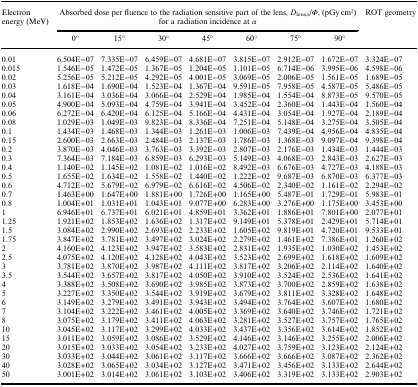
<table><thead><tr><td rowspan="2"><b>Electron energy (MeV)</b></td><td colspan="7"><b>Absorbed dose per fluence to the radiation sensitive part of the lens, <i>D</i><sub>lens,s</sub>/<i>Φ</i>, (pGy cm2) for a radiation incidence at <i>α</i></b></td><td rowspan="2"><b>ROT geometry</b></td></tr><tr><td><b>0°</b></td><td><b>15°</b></td><td><b>30°</b></td><td><b>45°</b></td><td><b>60°</b></td><td><b>75°</b></td><td><b>90°</b></td></tr></thead><tbody><tr><td>0.01</td><td>6.504E−07</td><td>7.335E−07</td><td>6.459E−07</td><td>4.681E−07</td><td>3.815E−07</td><td>2.912E−07</td><td>1.672E−07</td><td>3.324E−07</td></tr><tr><td>0.015</td><td>1.546E−05</td><td>1.472E−05</td><td>1.367E−05</td><td>1.204E−05</td><td>1.101E−05</td><td>6.714E−06</td><td>3.995E−06</td><td>4.598E−06</td></tr><tr><td>0.02</td><td>5.256E−05</td><td>5.212E−05</td><td>4.292E−05</td><td>4.001E−05</td><td>3.069E−05</td><td>2.006E−05</td><td>1.561E−05</td><td>1.689E−05</td></tr><tr><td>0.03</td><td>1.618E−04</td><td>1.690E−04</td><td>1.523E−04</td><td>1.367E−04</td><td>9.591E−05</td><td>7.958E−05</td><td>4.587E−05</td><td>5.486E−05</td></tr><tr><td>0.04</td><td>3.161E−04</td><td>3.036E−04</td><td>3.066E−04</td><td>2.529E−04</td><td>1.985E−04</td><td>1.554E−04</td><td>8.873E−05</td><td>9.570E−05</td></tr><tr><td>0.05</td><td>4.900E−04</td><td>5.093E−04</td><td>4.759E−04</td><td>3.941E−04</td><td>3.452E−04</td><td>2.360E−04</td><td>1.443E−04</td><td>1.560E−04</td></tr><tr><td>0.06</td><td>6.272E−04</td><td>6.420E−04</td><td>6.125E−04</td><td>5.166E−04</td><td>4.431E−04</td><td>3.054E−04</td><td>1.927E−04</td><td>2.189E−04</td></tr><tr><td>0.08</td><td>1.029E−03</td><td>1.049E−03</td><td>9.823E−04</td><td>8.336E−04</td><td>7.251E−04</td><td>5.148E−04</td><td>3.275E−04</td><td>3.505E−04</td></tr><tr><td>0.1</td><td>1.434E−03</td><td>1.468E−03</td><td>1.344E−03</td><td>1.261E−03</td><td>1.006E−03</td><td>7.439E−04</td><td>4.956E−04</td><td>4.835E−04</td></tr><tr><td>0.15</td><td>2.600E−03</td><td>2.663E−03</td><td>2.484E−03</td><td>2.137E−03</td><td>1.786E−03</td><td>1.368E−03</td><td>9.097E−04</td><td>9.398E−04</td></tr><tr><td>0.2</td><td>3.870E−03</td><td>4.046E−03</td><td>3.763E−03</td><td>3.392E−03</td><td>2.807E−03</td><td>2.176E−03</td><td>1.434E−03</td><td>1.444E−03</td></tr><tr><td>0.3</td><td>7.364E−03</td><td>7.184E−03</td><td>6.859E−03</td><td>6.293E−03</td><td>5.149E−03</td><td>4.068E−03</td><td>2.843E−03</td><td>2.627E−03</td></tr><tr><td>0.4</td><td>1.140E−02</td><td>1.145E−02</td><td>1.081E−02</td><td>1.016E−02</td><td>8.492E−03</td><td>6.676E−03</td><td>4.727E−03</td><td>4.188E−03</td></tr><tr><td>0.5</td><td>1.655E−02</td><td>1.634E−02</td><td>1.558E−02</td><td>1.440E−02</td><td>1.222E−02</td><td>9.687E−03</td><td>6.870E−03</td><td>6.377E−03</td></tr><tr><td>0.6</td><td>4.712E−02</td><td>5.679E−02</td><td>6.979E−02</td><td>6.616E−02</td><td>4.506E−02</td><td>2.340E−02</td><td>1.161E−02</td><td>2.294E−02</td></tr><tr><td>0.7</td><td>1.463E+00</td><td>1.647E+00</td><td>1.881E+00</td><td>1.726E+00</td><td>1.165E+00</td><td>5.487E−01</td><td>1.729E−01</td><td>5.983E−01</td></tr><tr><td>0.8</td><td>1.004E+01</td><td>1.031E+01</td><td>1.043E+01</td><td>9.077E+00</td><td>6.283E+00</td><td>3.276E+00</td><td>1.175E+00</td><td>3.453E+00</td></tr><tr><td>1</td><td>6.946E+01</td><td>6.737E+01</td><td>6.021E+01</td><td>4.859E+01</td><td>3.362E+01</td><td>1.886E+01</td><td>7.801E+00</td><td>2.077E+01</td></tr><tr><td>1.25</td><td>1.921E+02</td><td>1.853E+02</td><td>1.636E+02</td><td>1.317E+02</td><td>9.149E+01</td><td>5.378E+01</td><td>2.429E+01</td><td>5.714E+01</td></tr><tr><td>1.5</td><td>3.084E+02</td><td>2.990E+02</td><td>2.693E+02</td><td>2.233E+02</td><td>1.605E+02</td><td>9.819E+01</td><td>4.720E+01</td><td>9.533E+01</td></tr><tr><td>1.75</td><td>3.847E+02</td><td>3.781E+02</td><td>3.497E+02</td><td>3.024E+02</td><td>2.279E+02</td><td>1.461E+02</td><td>7.386E+01</td><td>1.260E+02</td></tr><tr><td>2</td><td>4.160E+02</td><td>4.123E+02</td><td>3.947E+02</td><td>3.583E+02</td><td>2.831E+02</td><td>1.935E+02</td><td>1.030E+02</td><td>1.453E+02</td></tr><tr><td>2.5</td><td>4.075E+02</td><td>4.120E+02</td><td>4.128E+02</td><td>4.043E+02</td><td>3.523E+02</td><td>2.699E+02</td><td>1.618E+02</td><td>1.609E+02</td></tr><tr><td>3</td><td>3.781E+02</td><td>3.870E+02</td><td>3.987E+02</td><td>4.111E+02</td><td>3.817E+02</td><td>3.206E+02</td><td>2.114E+02</td><td>1.640E+02</td></tr><tr><td>3.5</td><td>3.544E+02</td><td>3.657E+02</td><td>3.817E+02</td><td>4.050E+02</td><td>3.910E+02</td><td>3.524E+02</td><td>2.536E+02</td><td>1.641E+02</td></tr><tr><td>4</td><td>3.388E+02</td><td>3.508E+02</td><td>3.690E+02</td><td>3.985E+02</td><td>3.873E+02</td><td>3.700E+02</td><td>2.859E+02</td><td>1.638E+02</td></tr><tr><td>5</td><td>3.227E+02</td><td>3.350E+02</td><td>3.544E+02</td><td>3.919E+02</td><td>3.679E+02</td><td>3.811E+02</td><td>3.328E+02</td><td>1.648E+02</td></tr><tr><td>6</td><td>3.149E+02</td><td>3.279E+02</td><td>3.491E+02</td><td>3.943E+02</td><td>3.494E+02</td><td>3.764E+02</td><td>3.607E+02</td><td>1.680E+02</td></tr><tr><td>7</td><td>3.104E+02</td><td>3.222E+02</td><td>3.461E+02</td><td>4.005E+02</td><td>3.369E+02</td><td>3.640E+02</td><td>3.746E+02</td><td>1.721E+02</td></tr><tr><td>8</td><td>3.075E+02</td><td>3.179E+02</td><td>3.411E+02</td><td>4.063E+02</td><td>3.281E+02</td><td>3.527E+02</td><td>3.757E+02</td><td>1.765E+02</td></tr><tr><td>10</td><td>3.045E+02</td><td>3.117E+02</td><td>3.299E+02</td><td>4.033E+02</td><td>3.437E+02</td><td>3.356E+02</td><td>3.614E+02</td><td>1.852E+02</td></tr><tr><td>15</td><td>3.011E+02</td><td>3.059E+02</td><td>3.086E+02</td><td>3.529E+02</td><td>4.146E+02</td><td>3.146E+02</td><td>3.255E+02</td><td>2.006E+02</td></tr><tr><td>20</td><td>3.015E+02</td><td>3.033E+02</td><td>3.054E+02</td><td>3.233E+02</td><td>4.027E+02</td><td>3.759E+02</td><td>3.123E+02</td><td>2.124E+02</td></tr><tr><td>30</td><td>3.033E+02</td><td>3.044E+02</td><td>3.061E+02</td><td>3.117E+02</td><td>3.666E+02</td><td>3.666E+02</td><td>3.087E+02</td><td>2.362E+02</td></tr><tr><td>40</td><td>3.028E+02</td><td>3.065E+02</td><td>3.034E+02</td><td>3.127E+02</td><td>3.471E+02</td><td>3.456E+02</td><td>3.133E+02</td><td>2.644E+02</td></tr><tr><td>50</td><td>3.001E+02</td><td>3.014E+02</td><td>3.061E+02</td><td>3.103E+02</td><td>3.406E+02</td><td>3.319E+02</td><td>3.133E+02</td><td>2.903E+02</td></tr></tbody></table>